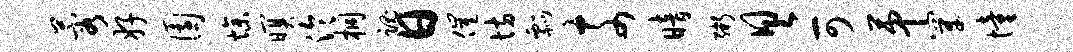
蓉好园燥暝泠桐魂日催坊瓢奈暗粥具可第穿憧